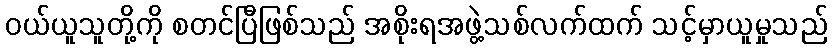
ဝယ်ယူသူတို့ကို စတင်ပြီဖြစ်သည် အစိုးရအဖွဲ့သစ်လက်ထက် သင့်မှာယူမှုသည်